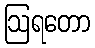
ဩရတော